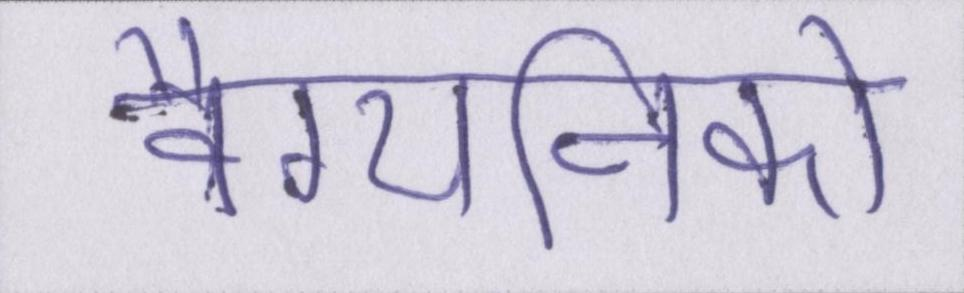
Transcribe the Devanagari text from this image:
वैग्यनिको